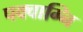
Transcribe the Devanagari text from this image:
पक्वाग्नि